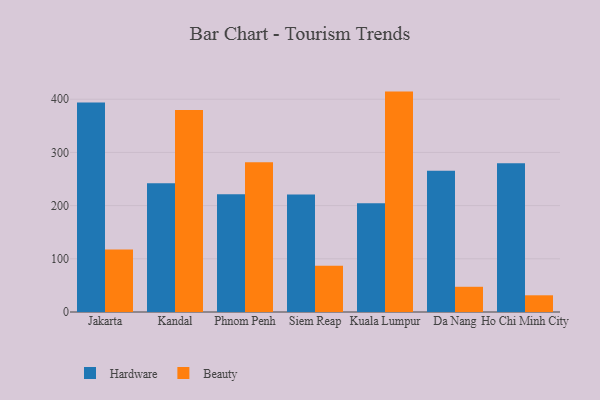
{"axis": {"x": "City", "y": "Inventory Turnover"}, "legend": ["Beauty", "Hardware"], "data": [{"x": "Jakarta", "y": 393.9, "type": "Hardware"}, {"x": "Jakarta", "y": 117.4, "type": "Beauty"}, {"x": "Kandal", "y": 242.0, "type": "Hardware"}, {"x": "Kandal", "y": 379.8, "type": "Beauty"}, {"x": "Phnom Penh", "y": 221.2, "type": "Hardware"}, {"x": "Phnom Penh", "y": 281.4, "type": "Beauty"}, {"x": "Siem Reap", "y": 221.0, "type": "Hardware"}, {"x": "Siem Reap", "y": 87.1, "type": "Beauty"}, {"x": "Kuala Lumpur", "y": 204.5, "type": "Hardware"}, {"x": "Kuala Lumpur", "y": 414.4, "type": "Beauty"}, {"x": "Da Nang", "y": 265.7, "type": "Hardware"}, {"x": "Da Nang", "y": 47.4, "type": "Beauty"}, {"x": "Ho Chi Minh City", "y": 279.6, "type": "Hardware"}, {"x": "Ho Chi Minh City", "y": 31.4, "type": "Beauty"}]}